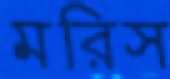
মরিস